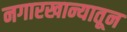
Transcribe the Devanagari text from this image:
नगारखान्यातून